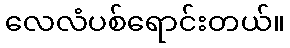
လေလံပစ်ရောင်းတယ်။